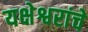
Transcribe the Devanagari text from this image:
यक्षेश्वरांचे